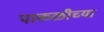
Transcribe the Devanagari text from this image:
पाकळीच्या